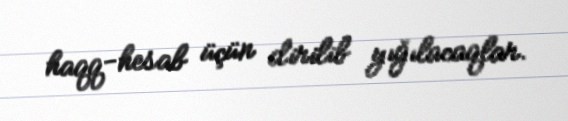
haqq-hesab üçün dirilib yığılacaqlar.